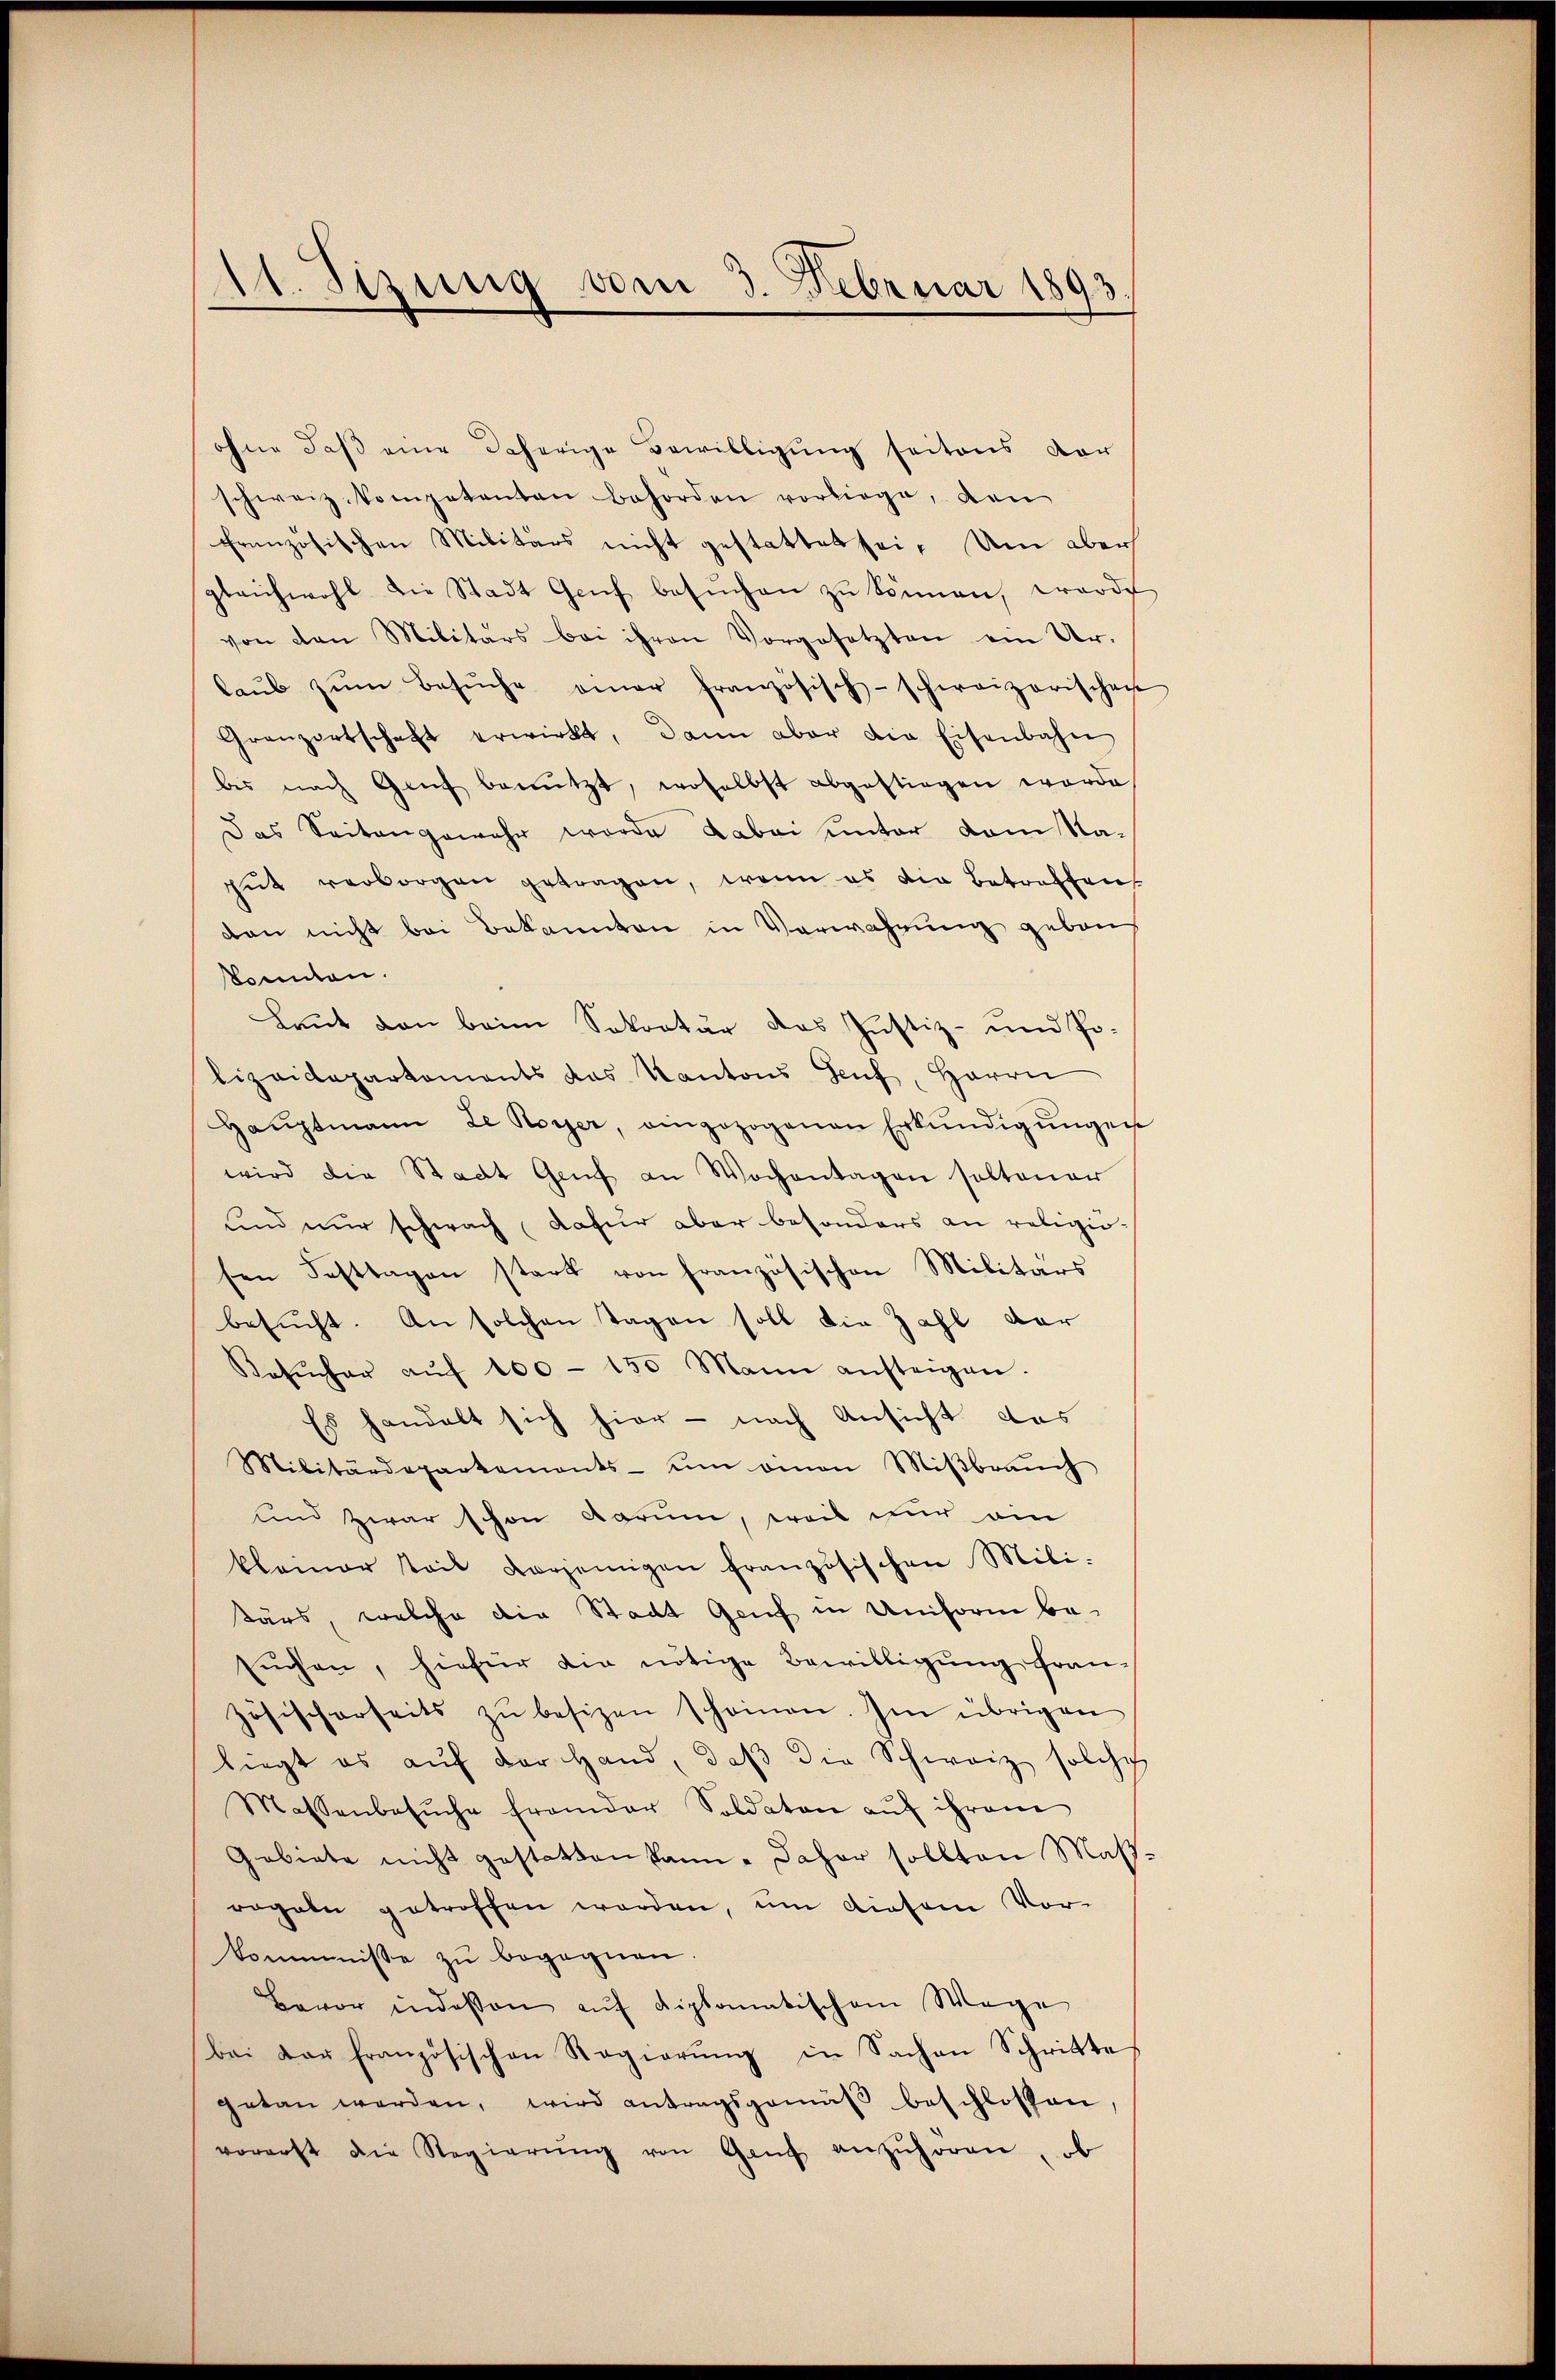
11. Sizung vom 3. Februar 1893.

ohne daß eine daherige Bewilligung seitens der
schweiz. Kompetenten behörden vorliege, den
französischen Militärs nicht gestattet sei. Um aber
gleichwohl die Stadt Genf besŭchen zŭ können, worde
von den Militärs bei ihren Vorgesetzten ein Urlaŭb zŭm Besŭche einer französisch-schweizerischen
Granzertschaft erwirkt, dann aber die Eisenbahn
bis nach Genf benützt, woselbst abgestiegen worde
Das Seitengewehr wurde dabei unter dem Nagŭt verborgen getragen, wenn es die Betreffen
dan nicht bei Bekannten in Verwahrung gebaus
konnten.
Laut von beim Sekretär das Justiz- und Po-
lizeidepartements das Kantons Genf, Herrn
Haŭptmann de Royer, eingezogenen Erkŭndigŭngen
wird die Stadt Genf an Wochentagen soltener
und nur schwach dafür aber besonders an religiö-
sen Festtagen stark von französischen Militärs
besucht. An solchen Tagen soll die Zahl dar
Besŭcher aŭf 100 - 150 Mann ansteigen.
Es handelt sich hier - nach Ansicht das
Militärdepartements- um omnen Miβbraŭch
und zwar schon darum, weil dur ein
kleiner Teil vorjenigen französischen Mili-
tärs, welche die Stadt Genf in Uniform be-
suchen, hiefür die nötige Bewilligung französischerseits zŭ besizen scheinen. Im übrigen
liegt es aŭf der Hand, daβ die Schweiz solches
Massenbesŭche fremder Soldaten aŭf ihrem
Gebiete nicht gestatten kann. Daher sollten Maßregeln getroffen worden, um diesem Vor-
kommnisse zu begegnen
Bevor indessen aŭf diplomatischem Wege
bei der französischen Regierŭng in Sachen Schritte
getan werden, wird antragsgemäβ beschlossen,
vorerst die Regierŭng von Genf anzŭhören, ob